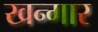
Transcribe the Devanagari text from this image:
खन्गार